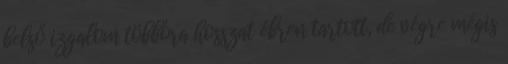
belső izgalom többóra hosszat ébren tartott, de végre mégis